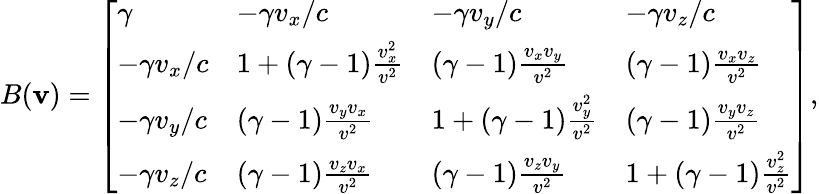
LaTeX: B(\mathbf{v})={\left[\begin{array}{llll}{\gamma}&{-\gamma v_{x}/c}&{-\gamma v_{y}/c}&{-\gamma v_{z}/c}\\ {-\gamma v_{x}/c}&{1+(\gamma-1){\frac{v_{x}^{2}}{v^{2}}}}&{(\gamma-1){\frac{v_{x}v_{y}}{v^{2}}}}&{(\gamma-1){\frac{v_{x}v_{z}}{v^{2}}}}\\ {-\gamma v_{y}/c}&{(\gamma-1){\frac{v_{y}v_{x}}{v^{2}}}}&{1+(\gamma-1){\frac{v_{y}^{2}}{v^{2}}}}&{(\gamma-1){\frac{v_{y}v_{z}}{v^{2}}}}\\ {-\gamma v_{z}/c}&{(\gamma-1){\frac{v_{z}v_{x}}{v^{2}}}}&{(\gamma-1){\frac{v_{z}v_{y}}{v^{2}}}}&{1+(\gamma-1){\frac{v_{z}^{2}}{v^{2}}}}\end{array}\right]},